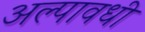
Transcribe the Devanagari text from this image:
अल्पावधी